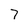
Character: 7